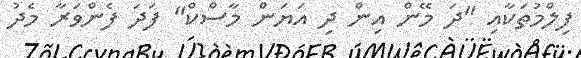
ފިލްމުތަކާއި "ދަ މޭން އިން ދި އަޔަން މާސްކް" ފަދަ ފެންވަރާ މެދު